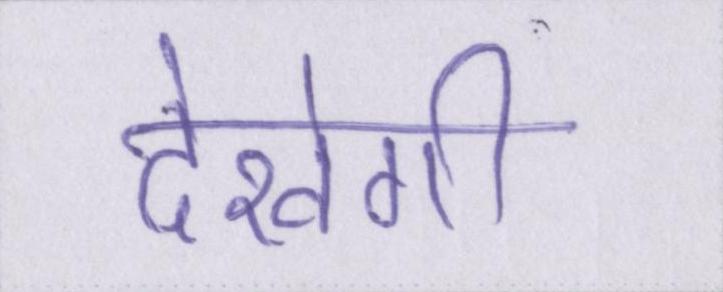
देखेगी